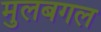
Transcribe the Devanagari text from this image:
मुलबगल